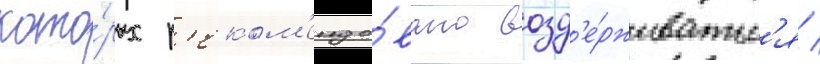
кото́рых р'еком'ендо́вано возд'е́рживатьс'я /